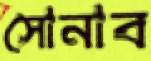
সোনাব